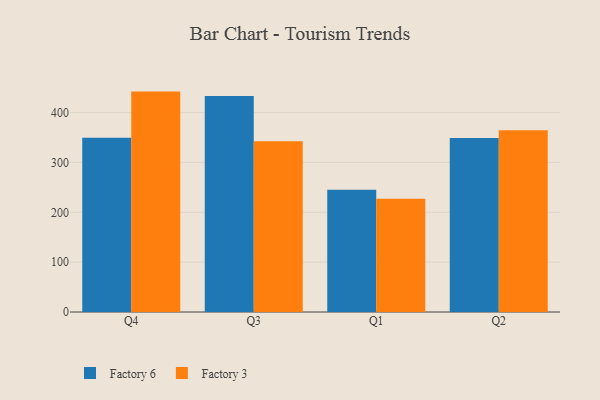
{"axis": {"x": "Quarter", "y": "Market Share (%)"}, "legend": ["Factory 3", "Factory 6"], "data": [{"x": "Q4", "y": 349.5, "type": "Factory 6"}, {"x": "Q4", "y": 442.2, "type": "Factory 3"}, {"x": "Q3", "y": 433.6, "type": "Factory 6"}, {"x": "Q3", "y": 342.8, "type": "Factory 3"}, {"x": "Q1", "y": 245.5, "type": "Factory 6"}, {"x": "Q1", "y": 227.4, "type": "Factory 3"}, {"x": "Q2", "y": 348.9, "type": "Factory 6"}, {"x": "Q2", "y": 364.6, "type": "Factory 3"}]}